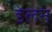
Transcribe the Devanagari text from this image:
डेलन